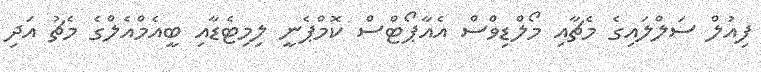
ފިއުލް ސަލްލައިގެ މެޗާއި މޯލްޑިވްސް އެއާޕޯޓްސް ކޮމްޕެނީ ލިމިޓެޑާއި ބީއެމްއެލްގެ މެޗު އަދި